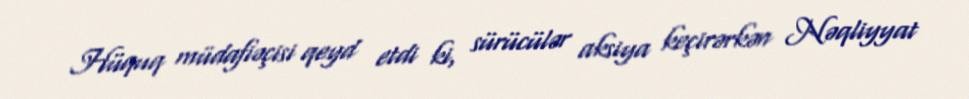
Hüquq müdafiəçisi qeyd etdi ki, sürücülər aksiya keçirərkən Nəqliyyat